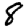
Digit: 8